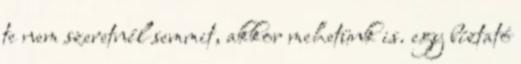
te nem szeretnél semmit, akkor mehetünk is. egy bíztató